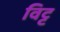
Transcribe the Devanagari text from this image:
विट्ट